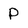
Character: p